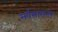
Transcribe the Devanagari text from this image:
सर्वसामन्य